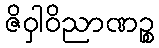
ဇိဝှါဝိညာဏဉ္စ